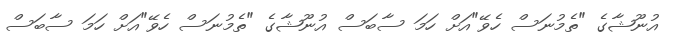
އުނޫޝާގެ "ތެމުނަސް ހެވޭ"އަށް ހަމަ ސާބަސް އުނޫޝާގެ "ތެމުނަސް ހެވޭ"އަށް ހަމަ ސާބަސް